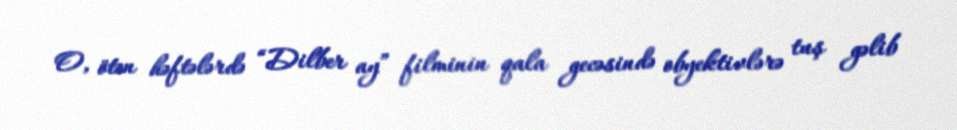
O, ötən həftələrdə “Dilber ay” filminin qala gecəsində obyektivlərə tuş gəlib